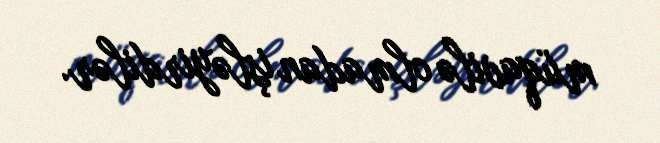
müqavilə olmadan işləyirdilər.